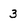
Character: 3